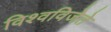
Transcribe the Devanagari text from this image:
विश्वविजेते